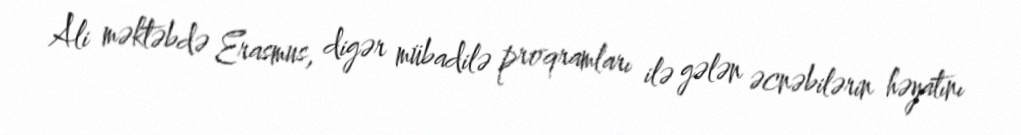
Ali məktəbdə Erasmus, digər mübadilə proqramları ilə gələn əcnəbilərin həyatını